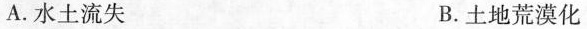
A.水土流失 B.土地荒漠化